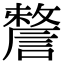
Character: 𧫬